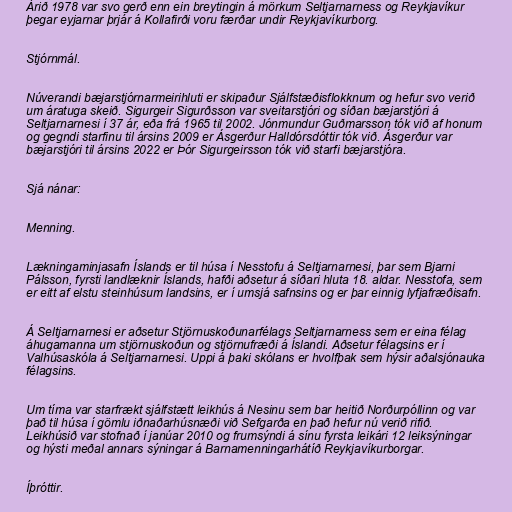
Árið 1978 var svo gerð enn ein breytingin á mörkum Seltjarnarness og Reykjavíkur
þegar eyjarnar þrjár á Kollafirði voru færðar undir Reykjavíkurborg.

Stjórnmál.

Núverandi bæjarstjórnarmeirihluti er skipaður Sjálfstæðisflokknum og hefur svo verið
um áratuga skeið. Sigurgeir Sigurðsson var sveitarstjóri og síðan bæjarstjóri á
Seltjarnarnesi í 37 ár, eða frá 1965 til 2002. Jónmundur Guðmarsson tók við af honum
og gegndi starfinu til ársins 2009 er Ásgerður Halldórsdóttir tók við. Ásgerður var
bæjarstjóri til ársins 2022 er Þór Sigurgeirsson tók við starfi bæjarstjóra.

Sjá nánar:

Menning.

Lækningaminjasafn Íslands er til húsa í Nesstofu á Seltjarnarnesi, þar sem Bjarni
Pálsson, fyrsti landlæknir Íslands, hafði aðsetur á síðari hluta 18. aldar. Nesstofa, sem
er eitt af elstu steinhúsum landsins, er í umsjá safnsins og er þar einnig lyfjafræðisafn.

Á Seltjarnarnesi er aðsetur Stjörnuskoðunarfélags Seltjarnarness sem er eina félag
áhugamanna um stjörnuskoðun og stjörnufræði á Íslandi. Aðsetur félagsins er í
Valhúsaskóla á Seltjarnarnesi. Uppi á þaki skólans er hvolfþak sem hýsir aðalsjónauka
félagsins.

Um tíma var starfrækt sjálfstætt leikhús á Nesinu sem bar heitið Norðurpóllinn og var
það til húsa í gömlu iðnaðarhúsnæði við Sefgarða en það hefur nú verið rifið.
Leikhúsið var stofnað í janúar 2010 og frumsýndi á sínu fyrsta leikári 12 leiksýningar
og hýsti meðal annars sýningar á Barnamenningarhátíð Reykjavíkurborgar.

Íþróttir.